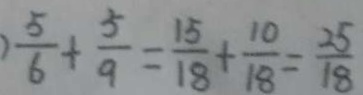
\frac { 5 } { 6 } + \frac { 5 } { 9 } = \frac { 1 5 } { 1 8 } + \frac { 1 0 } { 1 8 } = \frac { 2 5 } { 1 8 }